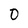
Character: 0